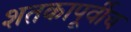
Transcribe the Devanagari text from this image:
शतकापूर्वीच